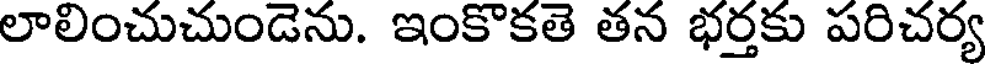
లాలించుచుండెను. ఇంకొకతె తన భర్తకు పరిచర్య